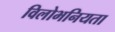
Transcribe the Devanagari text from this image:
विलोभनियता